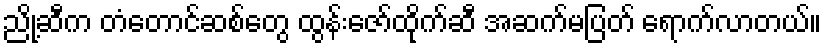
ညို့ဆီက တံတောင်ဆစ်တွေ ထွန်းဇော်ထိုက်ဆီ အဆက်မပြတ် ရောက်လာတယ်။